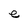
Character: e